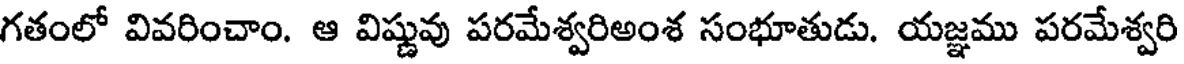
గతంలో వివరించాం. ఆ విష్ణువు పరమేశ్వరిఅంశ సంభూతుడు. యజ్ఞము పరమేశ్వరి